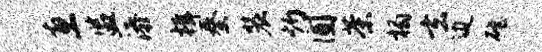
惠监添楫秦装灼圃茶榻玄边磴